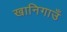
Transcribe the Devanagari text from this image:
खानिगाउँ